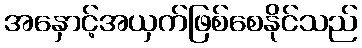
အနှောင့်အယှက်ဖြစ်စေနိုင်သည်